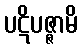
ပဋိပဇ္ဇာမိ